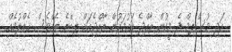
އަދި މުސްލިމް ދެ މީހުން ރާއްޖެ އައުމަކުން ރާއްޖެއަށް ލިބޭނެ އެއްވެސް ގެއްލުމެއް